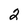
Character: 2